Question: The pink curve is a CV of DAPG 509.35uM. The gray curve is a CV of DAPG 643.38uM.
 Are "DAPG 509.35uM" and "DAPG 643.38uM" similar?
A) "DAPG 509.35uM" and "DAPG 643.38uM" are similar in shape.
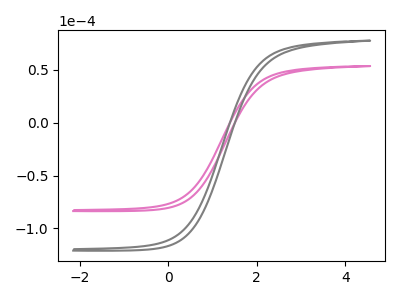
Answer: <think>The pink curve "DAPG 509.35uM" has no peaks. The gray curve "DAPG 643.38uM" has no peaks.
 Neither "DAPG 509.35uM" or "DAPG 643.38uM" have any peaks.</think>
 <answer>A) "DAPG 509.35uM" and "DAPG 643.38uM" are similar in shape.</answer>
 <eval>A</eval>